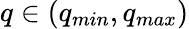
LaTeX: q\in(q_{min},q_{max})